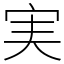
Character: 実